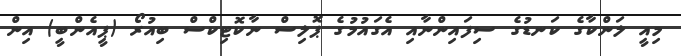
މިއީ ލަންކާގެ ކަނޑުގެ ސިފައިންނާއި އެގައުމުގެ ޕޮލިސް ނާކޮޓިކްސް ބިއުރޯ (ޕީއެންބީ) އިން